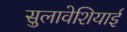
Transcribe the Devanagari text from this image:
सुलावेशियाई